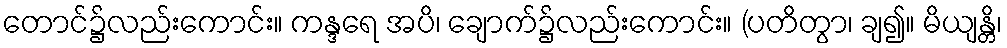
တောင်၌လည်းကောင်း။ ကန္ဒရေ အပိ၊ ချောက်၌လည်းကောင်း။ (ပတိတွာ၊ ချ၍။ မိယျန္တိ၊